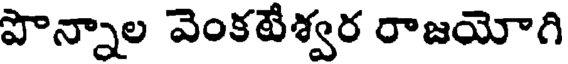
పొన్నాల వెంకటేశ్వర రాజయోగి